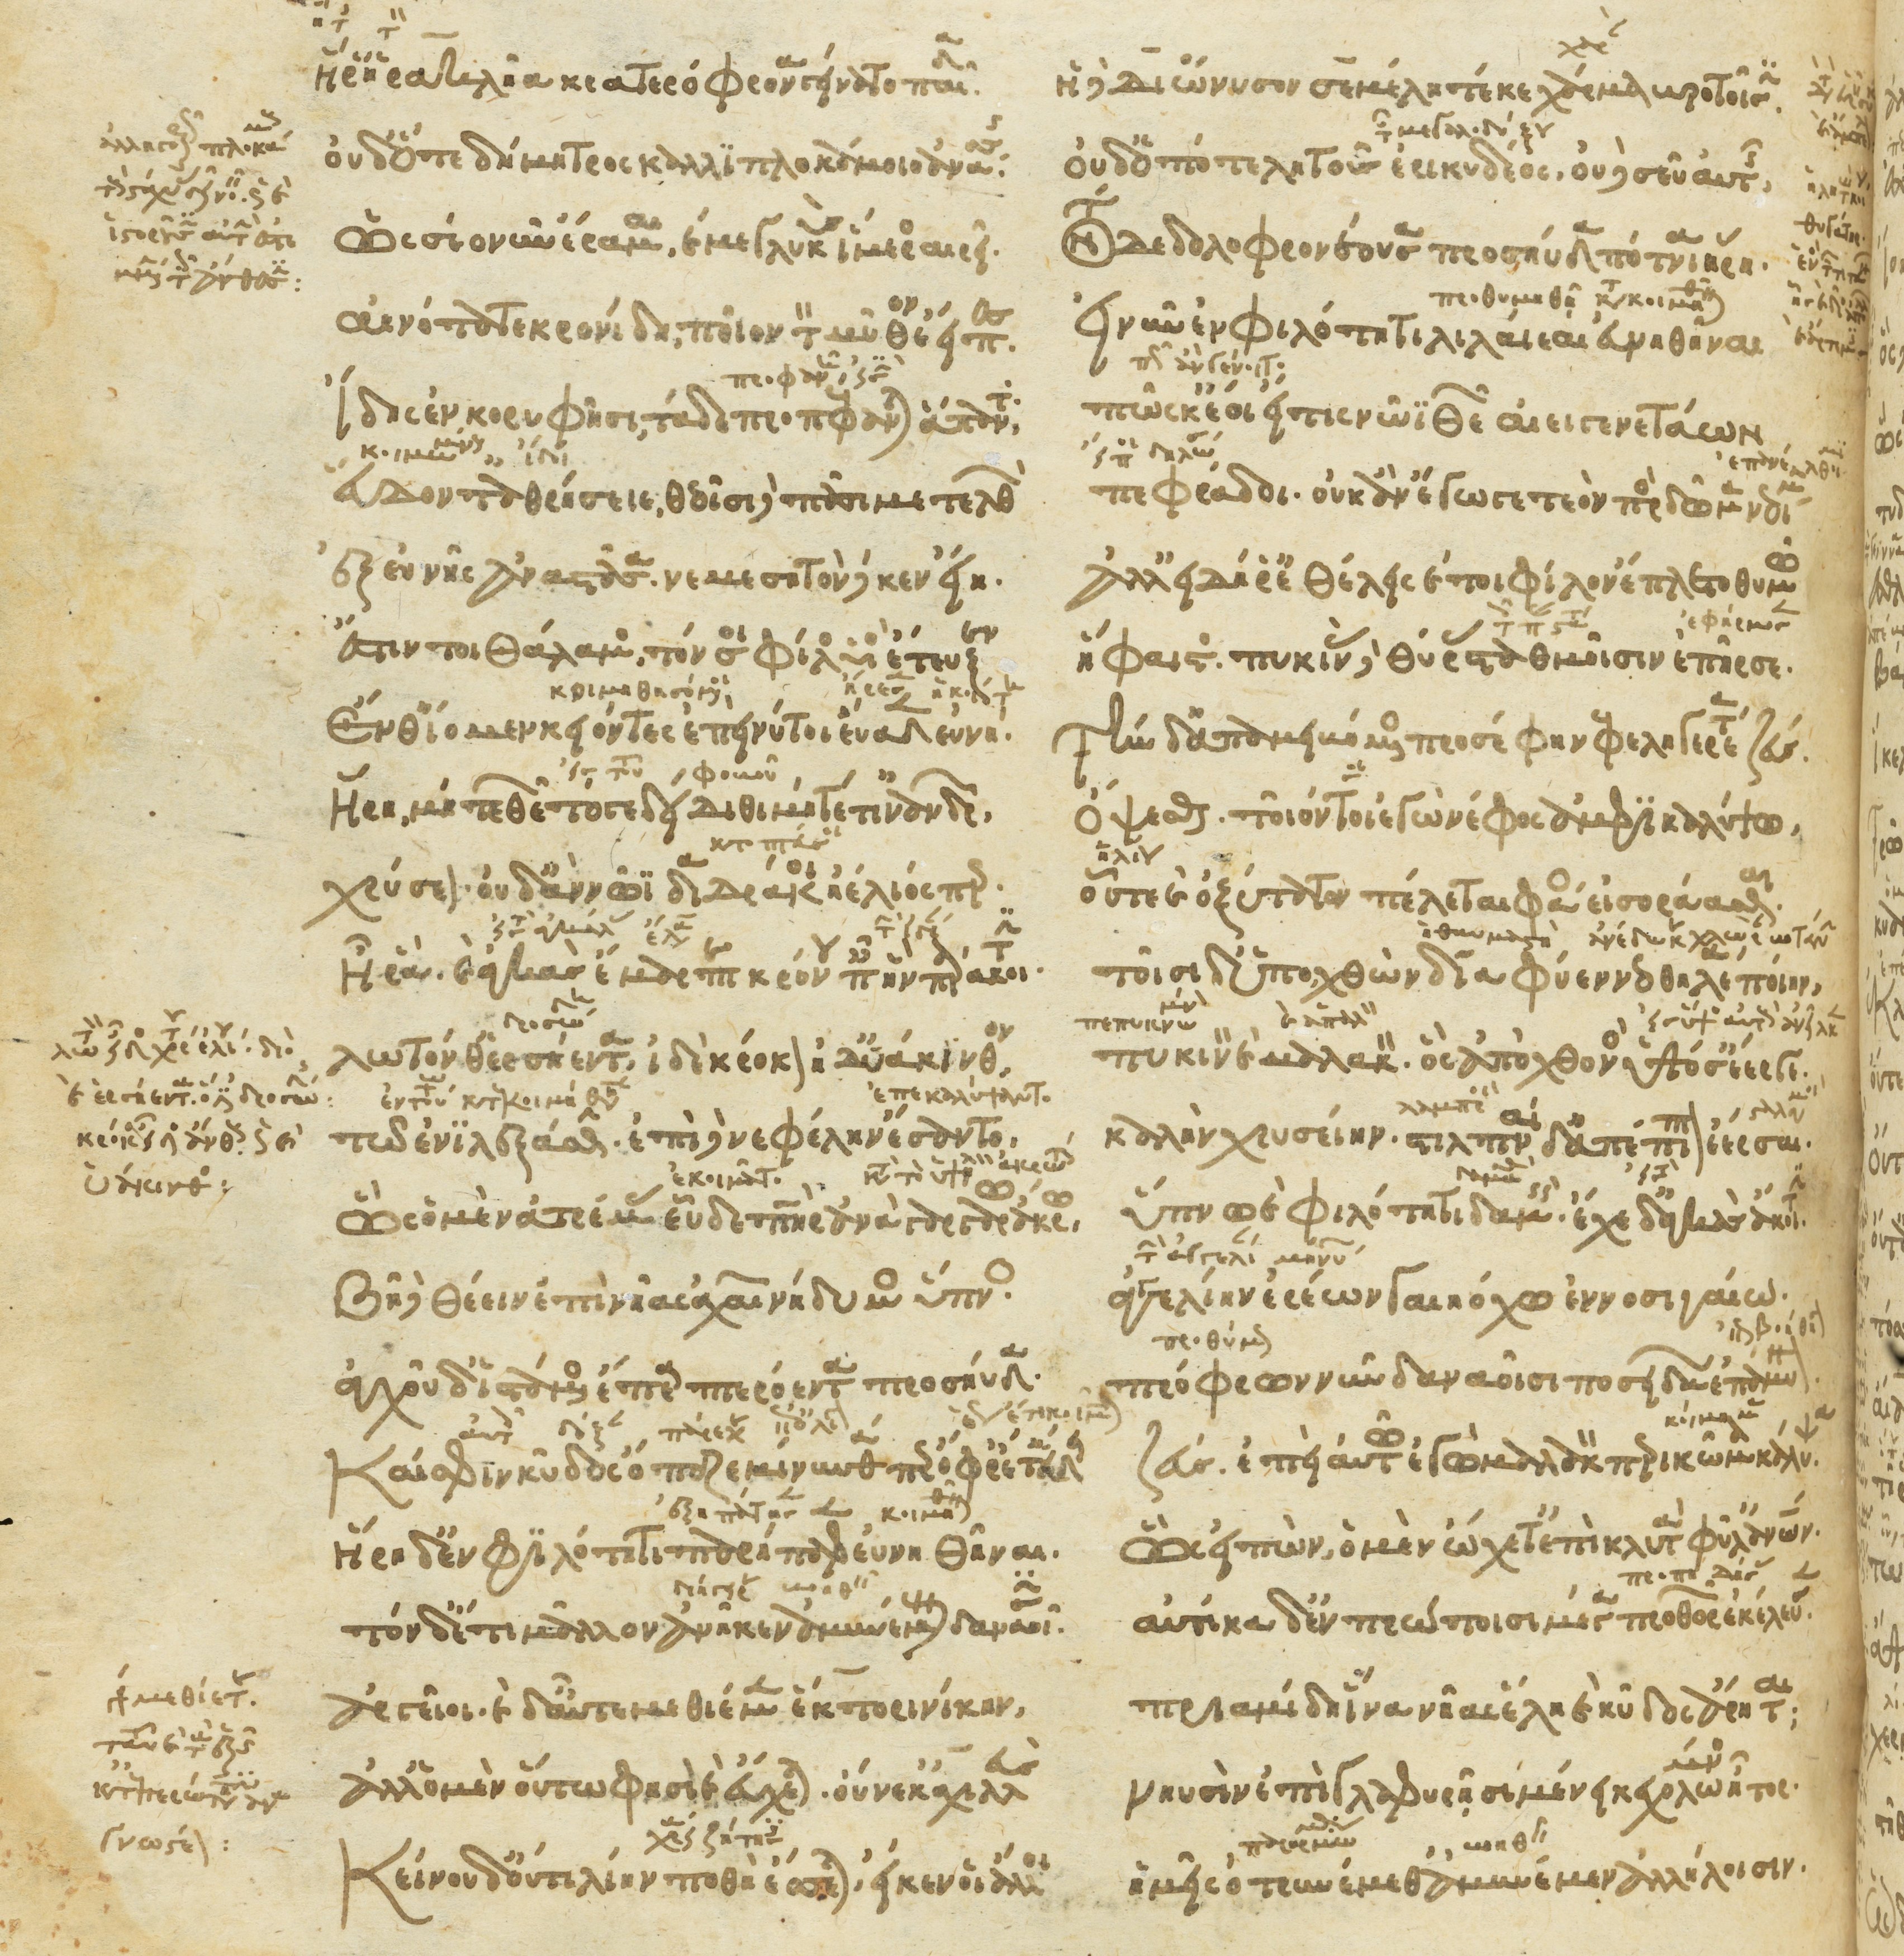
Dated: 1266–1299